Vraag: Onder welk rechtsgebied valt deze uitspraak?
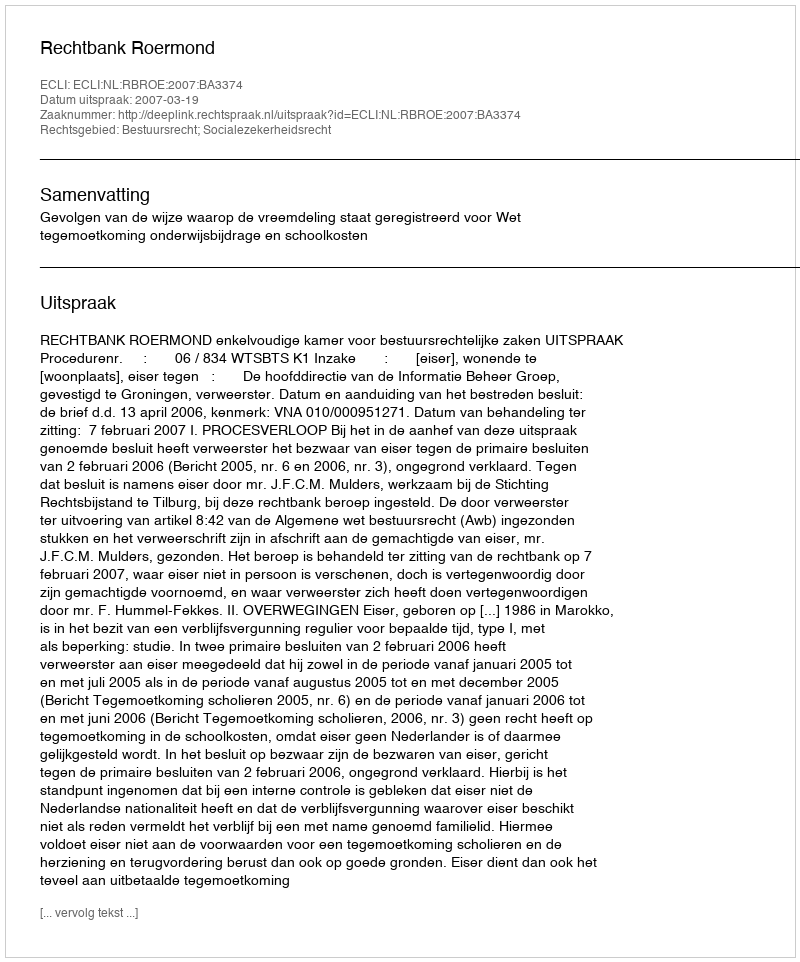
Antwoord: Bestuursrecht; Socialezekerheidsrecht